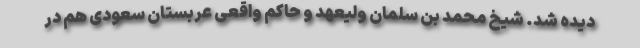
دیده شد. شیخ محمد بن سلمان ولیعهد و حاکم واقعی عربستان سعودی هم در